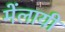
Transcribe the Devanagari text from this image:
मेंलायी